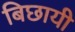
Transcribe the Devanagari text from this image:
बिछायी